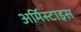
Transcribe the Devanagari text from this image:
अर्मिस्टाइस